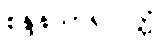
စန္ဒနသာရလိတ္တံ